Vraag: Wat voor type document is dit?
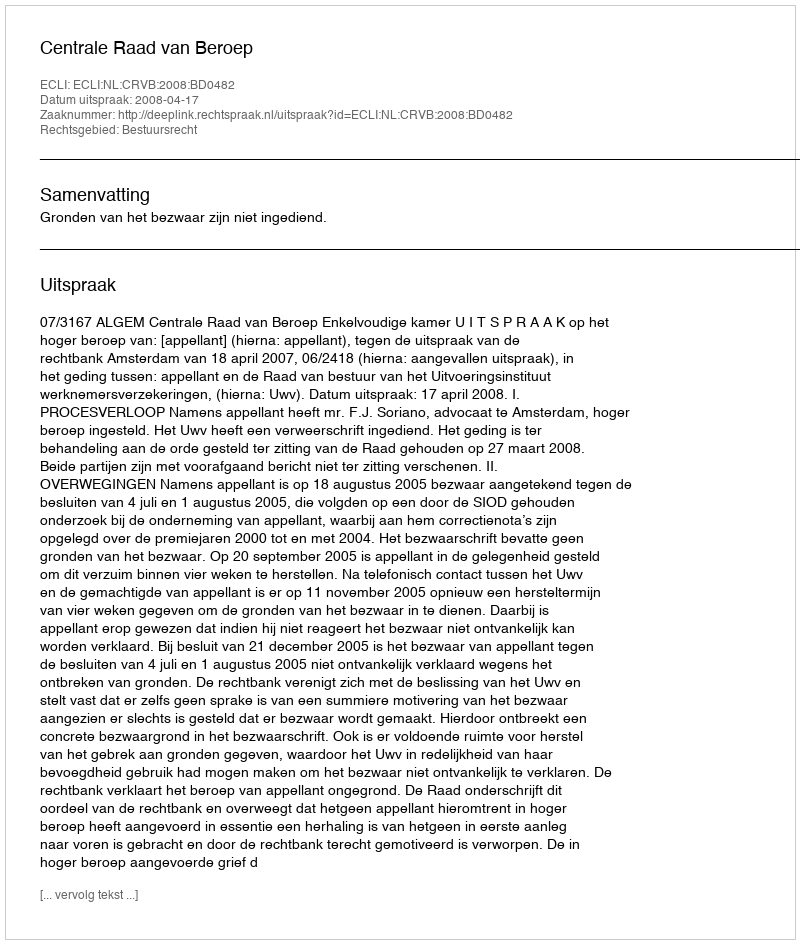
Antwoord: Uitspraak